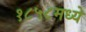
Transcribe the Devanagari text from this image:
१८५८मध्ये